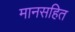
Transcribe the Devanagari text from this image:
मानसहित